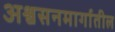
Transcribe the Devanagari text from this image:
अश्वसनमार्गातील